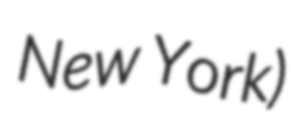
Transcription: New York)